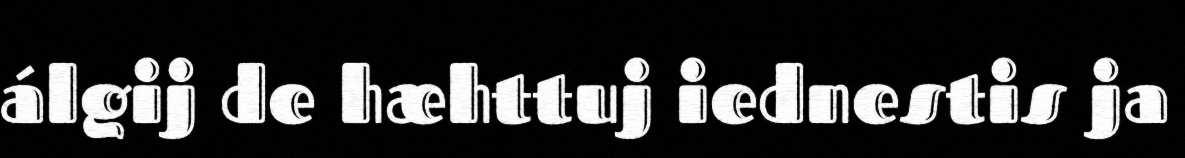
álgij de hæhttuj iednestis ja